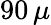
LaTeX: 90\, \mu